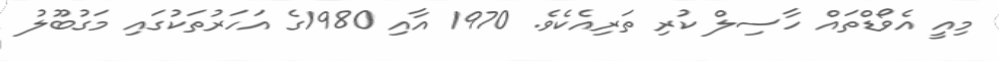
މިއީ އެވޯޑްތައް ހާސިލް ކުރި ތަރިއެކެވެ. 1970 އާއި 1980ގެ އަހަރުތަކުގައި މަގުބޫލު